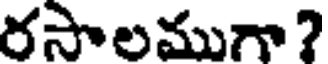
రసాలముగా?